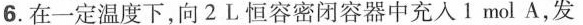
6.在一定温度下，向2L恒容密闭容器中充入1mol A，发